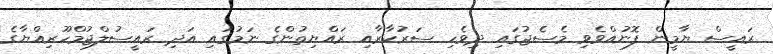
ރައީސް ޔާމީން ފޮނުއްވެވި މެސެޖުގައި ދިވެހި ސަރުކާރާއި ރައްޔިތުންގެ ނަމުގައި އަދި ރައީސުލްޖުމްހޫރިއްޔާގެ